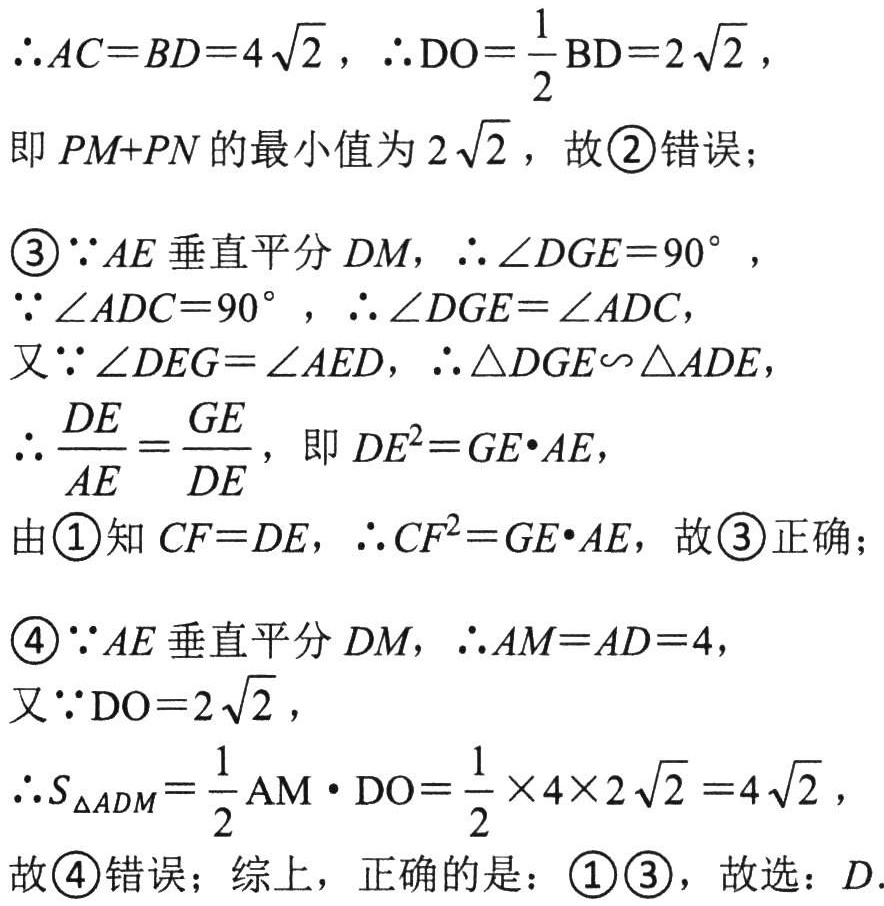
\(\therefore AC = BD = 4\sqrt{2}\)，\(\therefore \text{DO}=\frac{1}{2}\text{BD}=2\sqrt{2}\)，
即 \(PM + PN\)的最小值为\(2\sqrt{2}\)，故\textcircled{2}错误；
\textcircled{3}\(\because AE\)垂直平分 \(DM\)，\(\therefore \angle DGE = 90^{\circ}\)，
\(\because \angle ADC = 90^{\circ}\)，\(\therefore \angle DGE=\angle ADC\)，
又\(\because \angle DEG=\angle AED\)，\(\therefore \triangle DGE\backsim\triangle ADE\)，
\(\therefore \frac{DE}{AE}=\frac{GE}{DE}\)，即\(DE^{2}=GE\cdot AE\)，
由\textcircled{1}知\(CF = DE\)，\(\therefore CF^{2}=GE\cdot AE\)，故\textcircled{3}正确；
\textcircled{4}\(\because AE\)垂直平分 \(DM\)，\(\therefore AM = AD = 4\)，
又\(\because \text{DO}=2\sqrt{2}\)，
\(\therefore S_{\triangle ADM}=\frac{1}{2}\text{AM}\cdot\text{DO}=\frac{1}{2}\times4\times2\sqrt{2}=4\sqrt{2}\)，
故\textcircled{4}错误；综上，正确的是：\textcircled{1}\textcircled{3}，故选：\(D\).